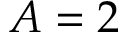
A = 2